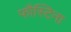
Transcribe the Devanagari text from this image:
फौस्टिना